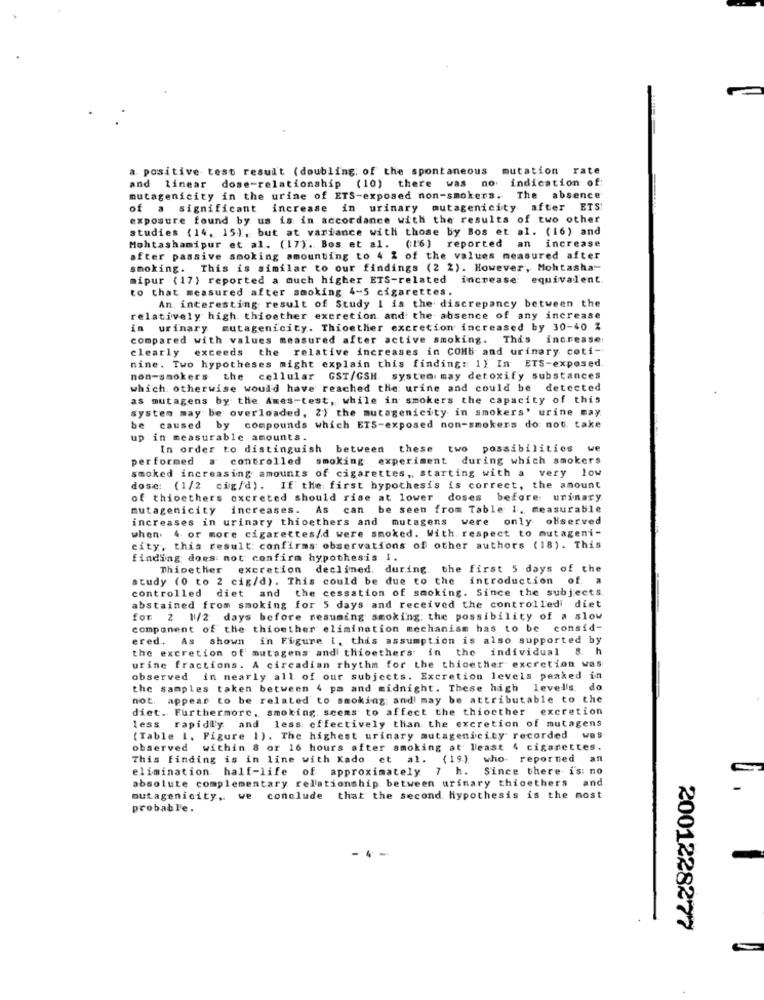
a positive test resul't (doubling; of the spontaneous
mutation rate
indication of
and linear dose-relationship (10) there was no.
mutagenicity in the urine of ETS-exposed non-smokers.
The absence
of a significant increase in urinary mutagenicity after ETS
exposure found by us is in accordance with the results of two other
studies (14, 15), but at variance with those by Bos et al. (16) and
Mohtashamipur et al. (17). Bos et al. (16) reported an increase
after passive smoking amounting to 4 2 of the values measured after
smoking. This is similar to our findings (2 2). However, Mohtasha-
mipur (17) reported a much higher ETS-related increase: equivalent.
to that measured after smoking 4-5 cigarettes.
An interesting result of Study 1 is the discrepancy between the
relatively high thioether excretion and the absence of any increase
in urinary mutagenicity. Thioether excretion increased by 30-40 %
compared with values measured after active smoking. This increase
clearly exceeds the relative increases in COHb and urinary coti-
nine. Two hypotheses might explain this finding :: 1) In ETS-exposed.
non-smokers the cellular GST/GSH system may detoxify substances
which otherwise would have reached the urine and could be detected
as mutagens by the Ames-test, while in smokers the capacity of this
system may be overloaded, 2') the mutagenicity in smokers' urine may
e caused by compounds which ETS-exposed non-smokers do not. take
up in measurable amounts.
In order to distinguish between these two possibilities w
performed . controlled smoking experiment during which smokers
smoked increasing amounts of cigarettes, starting with a very low
dose: (1/2 cig/d). If the first hypothesis is correct, the amount
of thioethers excreted should rise at lower doses before urinary
mutagenicity increases. As can be seen from Table 1, measurable
increases in urinary thioethers and mutagens were only observed
when. 4 or more cigarettes/d were smoked. With respect to mutageni-
city, this result: confirms observations of other authors (18). This
finding does not confirm hypothesis i.
Thioether excretion declined. during. the first 5 days of the
study (0 to 2 cig/d). This could be due to the
introduction of. a
controlled diet and the cessation of smoking. Since the subjects
abstained from smoking for 5 days and received the controlled diet
for 2 1/2 days before resuming smoking: the possibility of a slow
component of the thioether elimination mechanism has to be consid-
ered .. As shown
in Figure i, this assumption is also supported by
the excretion of mutagens and thioethers in the individual 8. h
urine fractions. A circadian rhythm for the thioether excretion was
observed in nearly all of our subjects. Excretion levels peaked in
the samples taken between 4 pa and midnight. These high levels do.
not. appear to be related to smoking and may be attributable to the
diet. Furthermore, smoking seems to affect the thiocther
excretion
less rapidly and less effectively than the excretion of mutagens
(Table 1. Figure 1). The highest urinary mutagenicity recorded was
observed within 8 or 16 hours after smoking at least 4 cigarettes.
This finding is in line with Kado et al. (19) who reported an
elimination half-life of approximately 7 h. Since there is no
absolute complementary relationship between urinary thicethers and
mutagenicity ,. we conclude that the second hypothesis is the most
probable.
-4-
2001228277